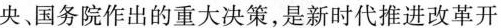
央、国务院作出的重大决策，是新时代推进改革开